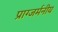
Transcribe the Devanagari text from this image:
प्राग्जर्मनीय